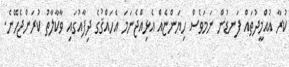
ކުރާ އުއްމީދުތައް ފަނޑުން ނަމަވެސް ހިޔަންޏެއް އެޅިއްޖެނަމަ އެހައްޤުގެ ދިފާއުގައި ވާކާލާތު ކުރަންޖެހޭނެ.